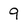
Character: 9